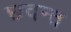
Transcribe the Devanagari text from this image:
छदन्त